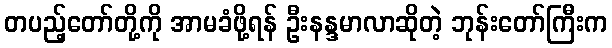
တပည့်တော်တို့ကို အာမခံဖို့ရန် ဦးနန္ဒမာလာဆိုတဲ့ ဘုန်းတော်ကြီးက